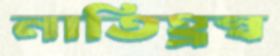
নাতিহ্রস্ব